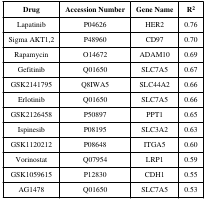
<table><thead><tr><td><b>Drug</b></td><td><b>Accession Number</b></td><td><b>Gene Name</b></td><td><b>R<sup>2</sup></b></td></tr></thead><tbody><tr><td>Lapatinib</td><td>P04626</td><td>HER2</td><td>0.76</td></tr><tr><td>Sigma AKT1,2</td><td>P48960</td><td>CD97</td><td>0.70</td></tr><tr><td>Rapamycin</td><td>O14672</td><td>ADAM10</td><td>0.69</td></tr><tr><td>Gefitinib</td><td>Q01650</td><td>SLC7A5</td><td>0.67</td></tr><tr><td>GSK2141795</td><td>Q8IWA5</td><td>SLC44A2</td><td>0.66</td></tr><tr><td>Erlotinib</td><td>Q01650</td><td>SLC7A5</td><td>0.66</td></tr><tr><td>GSK2126458</td><td>P50897</td><td>PPT1</td><td>0.65</td></tr><tr><td>Ispinesib</td><td>P08195</td><td>SLC3A2</td><td>0.63</td></tr><tr><td>GSK1120212</td><td>P08648</td><td>ITGA5</td><td>0.60</td></tr><tr><td>Vorinostat</td><td>Q07954</td><td>LRP1</td><td>0.59</td></tr><tr><td>GSK1059615</td><td>P12830</td><td>CDH1</td><td>0.55</td></tr><tr><td>AG1478</td><td>Q01650</td><td>SLC7A5</td><td>0.53</td></tr></tbody></table>